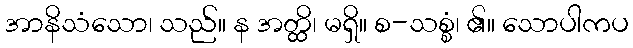
အာနိသံသော၊ သည်။ န အတ္ထိ၊ မရှိ။ စ-သစ္စံ၊ ၏။ သောပါကပ